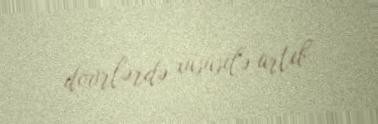
dövrlərdə xüsusilə artıb.